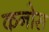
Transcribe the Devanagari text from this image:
कनोस